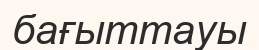
бағыттауы